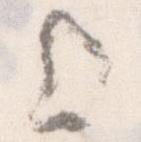
上